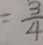
= \frac { 3 } { 4 }